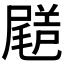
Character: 𡳗